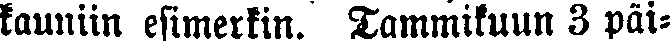
kauniin esimerkin. Tammikuun 3 päi-